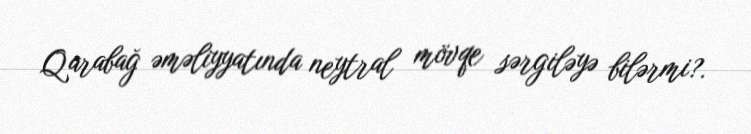
Qarabağ əməliyyatında neytral mövqe sərgiləyə bilərmi?.